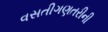
વસતીગણતરીની